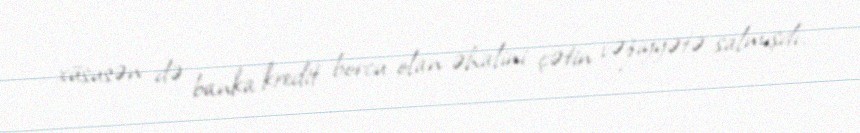
xüsusən də banka kredit borcu olan əhalini çətin vəziyyətə salmışdı.